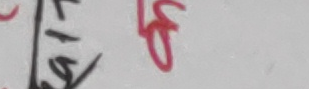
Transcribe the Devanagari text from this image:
जस्तै छ